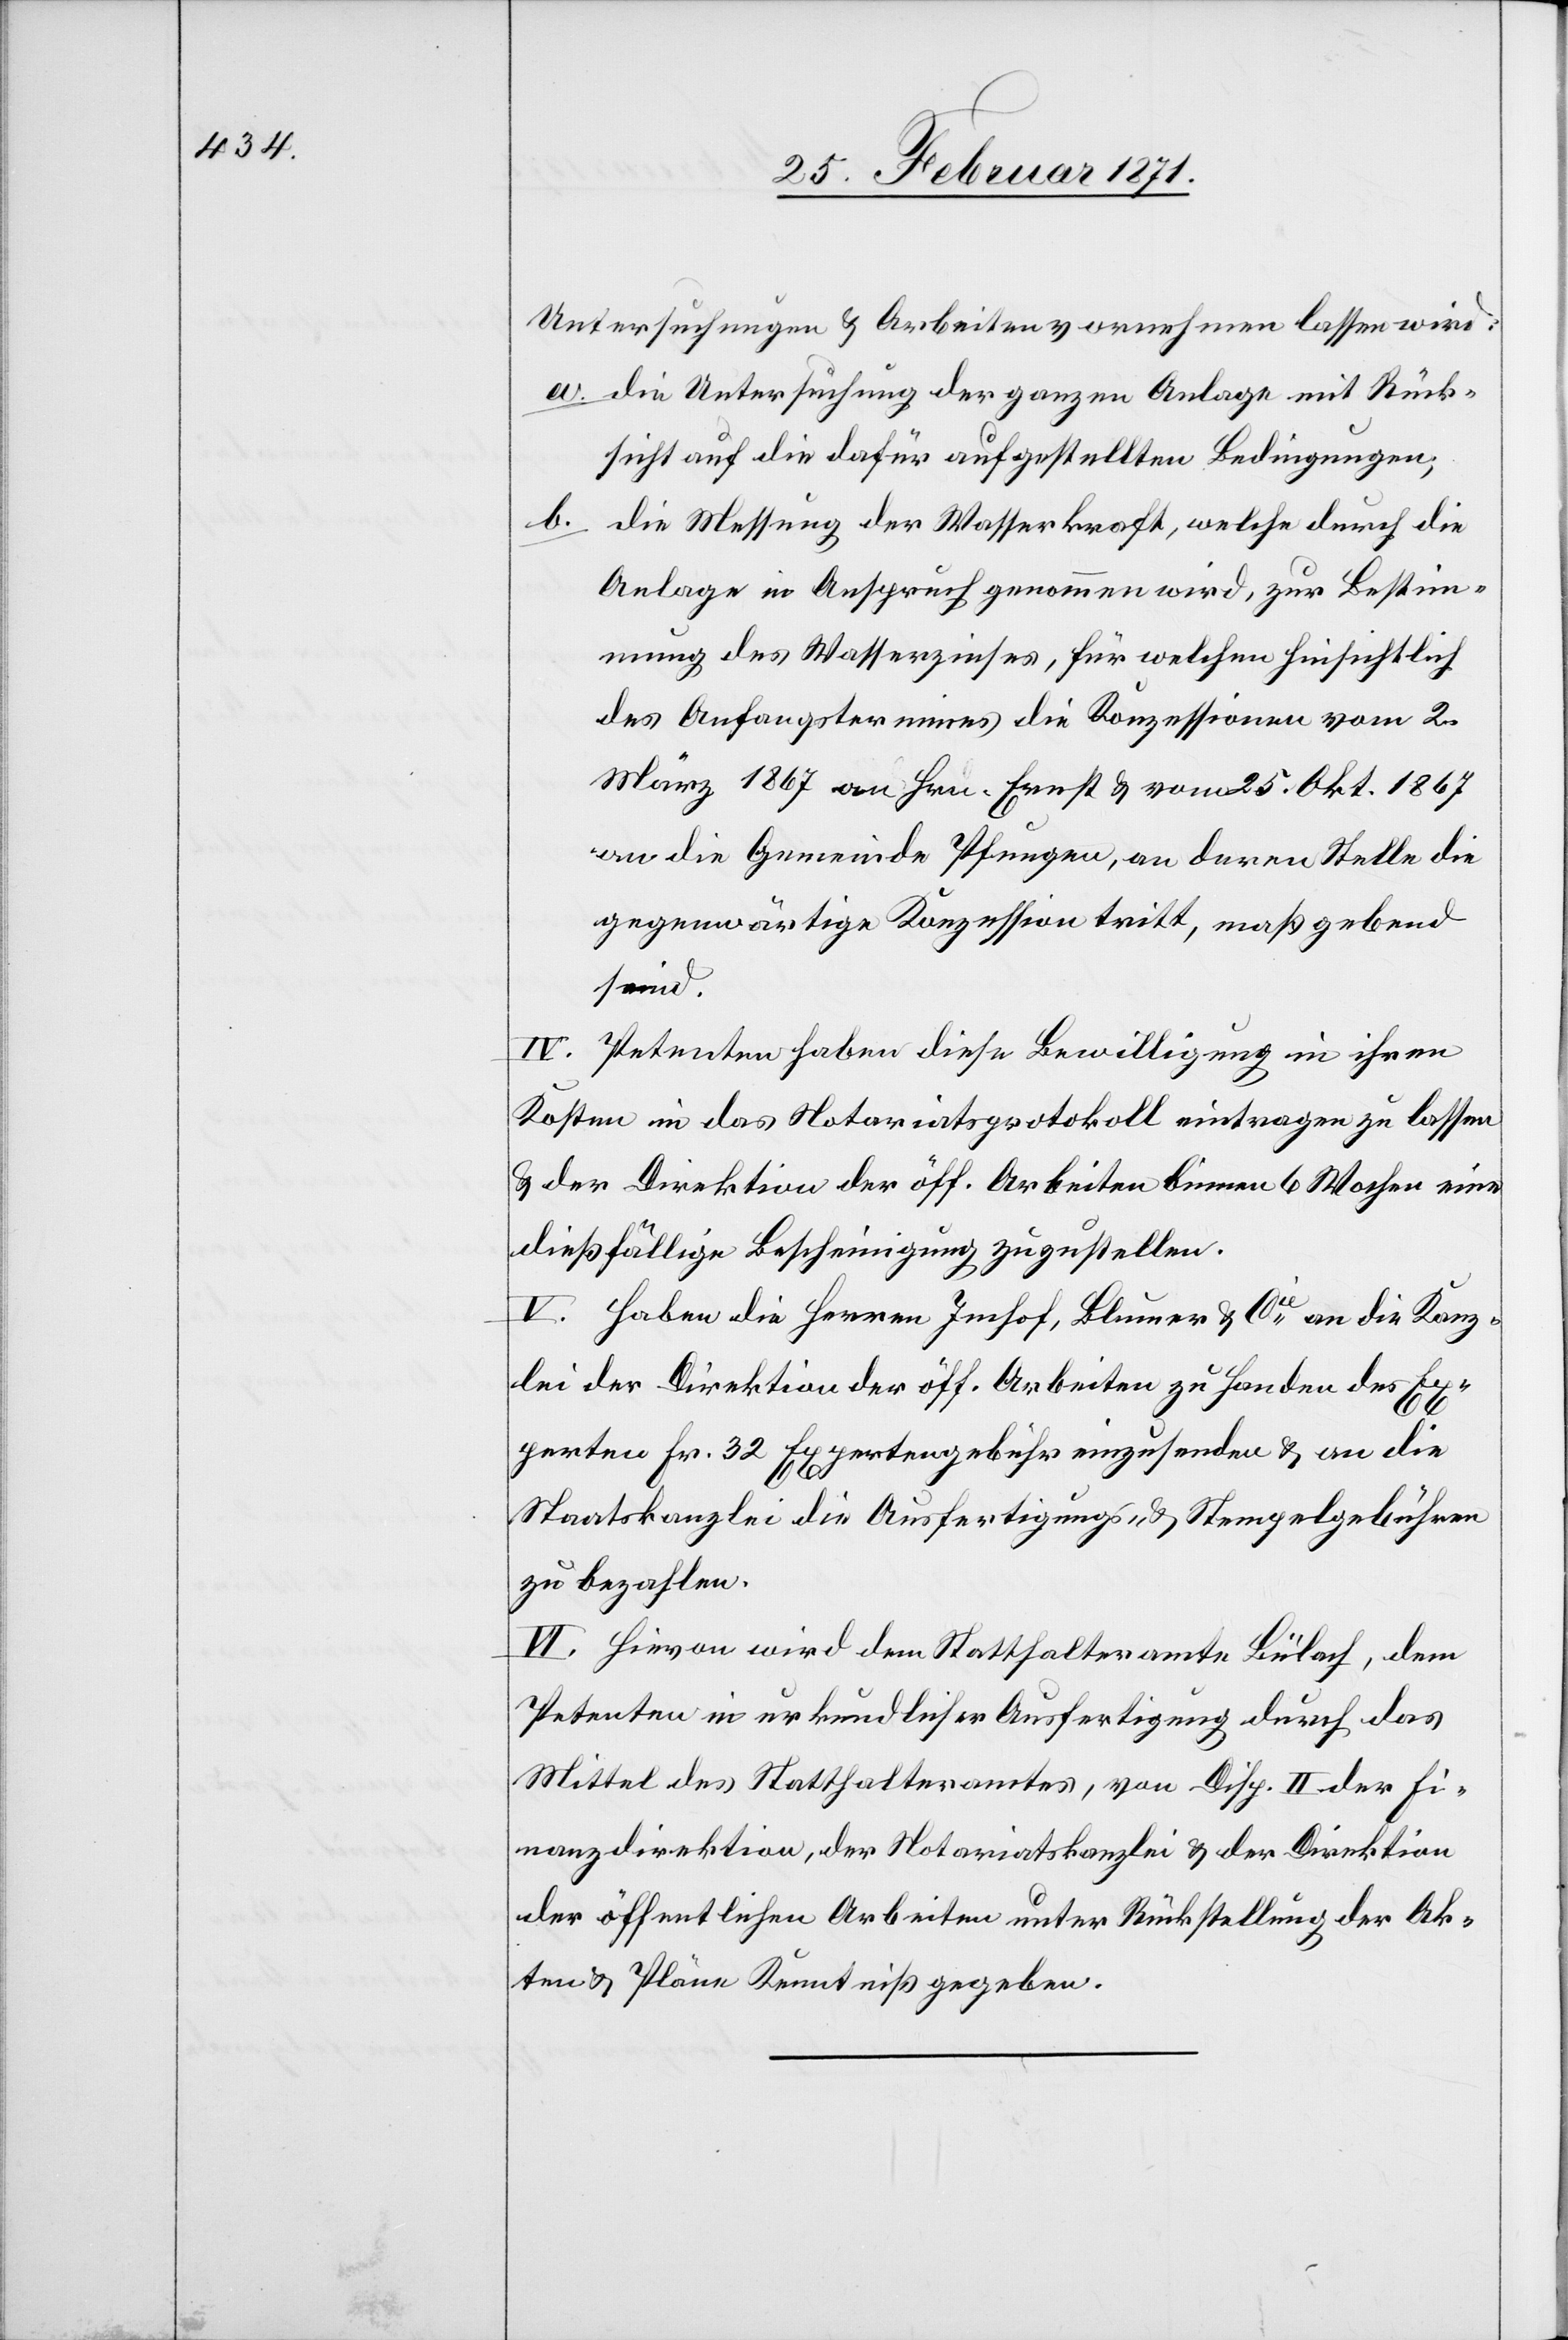
Untersuchungen u. Arbeiten vornehmen lassen wird:
die Untersuchung der ganzen Anlage mit Rück¬
sicht auf die dafür aufgestellten Bedingungen,
die Messung der Wasserkraft, welche durch die
Anlage in Anspruch genommen wird, zur Bestim¬
mung des Wasserzinses, für welchen hinsichtlich
des Anfangstermines die Konzessionen vom 2.
März 1867 an Hrn. Ernst u. vom 25. Okt 1867
an die Gemeinde Pfungen, an deren Stelle die
gegenwärtige Konzession tritt, maßgebend
sind.
IV. Petenten haben diese Bewilligung in ihren
Kosten in das Notariatsprotokoll eintragen zu lassen
u. der Direktion der öff. Arbeiten binnen 6 Wochen eine
dießfällige Bescheinigung zuzustellen.
V. Haben die Herren Imhof, Blumer & Cie. an die Kanz¬
lei der Direktion der öff. Arbeiten zu Handen des Ex¬
perten Fr. 32 Expertengebühr einzusenden u. an die
Staatskanzlei die Ausfertigungs- u. Stempelgebühren
zu bezahlen.
VI. Hievon wird dem Statthalteramt Bülach, dem
Petenten in urkundlicher Ausfertigung durch das
Mittel des Statthalteramtes, von Disp. II. der Fi¬
nanzdirektion, der Notariatskanzlei u. der Direktion
Akten u. Pläne Kenntniß gegeben.